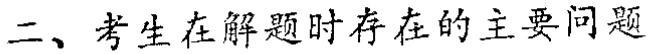
二、考生在解题时存在的主要问题